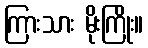
ကြားသား မိုးကြိုး။